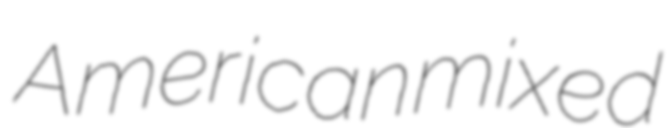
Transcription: American mixed